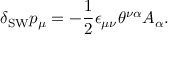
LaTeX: \delta _ { \mathrm { S W } } p _ { \mu } = - \frac { 1 } { 2 } \epsilon _ { \mu \nu } \theta ^ { \nu \alpha } A _ { \alpha } .